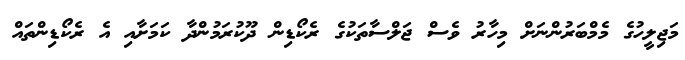
މަޖިލީހުގެ މެމްބަރުންނަށް މިހާރު ވެސް ޖަލްސާތަކުގެ ރެކޯޑިން ދޫކުރަމުންދާ ކަމަށާއި އެ ރެކޯޑިންތައް